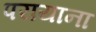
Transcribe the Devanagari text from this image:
परायाना